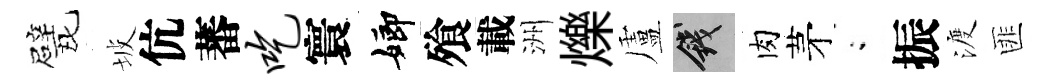
甓坡伉蕃吃寰嫏飱載洲爍盧錢肉茅閤振渡匪